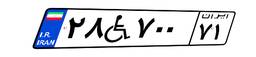
۸۸W۵۲۲۲۵